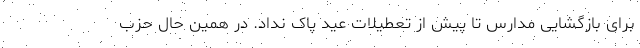
برای بازگشایی مدارس تا پیش از تعطیلات عید پاک نداد. در همین حال حزب